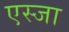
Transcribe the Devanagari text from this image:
एस्जा